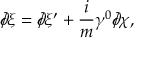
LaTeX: \partial \! \! \! / \xi = \partial \! \! \! / \xi ^ { \prime } + \frac { i } { m } \gamma ^ { 0 } \partial \! \! \! / \chi ,